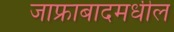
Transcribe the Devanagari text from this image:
जाफ्राबादमधील